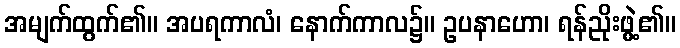
အမျက်ထွက်၏။ အပရကာလံ၊ နောက်ကာလ၌။ ဥပနာဟော၊ ရန်ညိုးဖွဲ့၏။